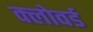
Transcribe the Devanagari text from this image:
क्लोवर्ड